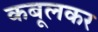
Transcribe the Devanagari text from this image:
कबूलकर